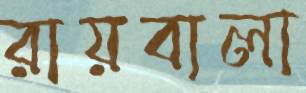
রায়বালা